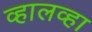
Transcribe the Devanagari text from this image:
व्हालव्हा